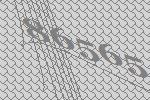
86565